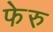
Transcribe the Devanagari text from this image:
फेरु